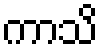
ကာသိ